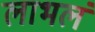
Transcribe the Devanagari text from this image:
लाभलं